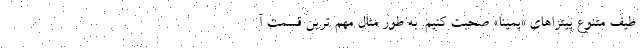
طیف متنوع پیتزاهای «پمینا» صحبت کنیم. به طور مثال مهم ترین قسمت آ